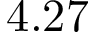
4 . 2 7